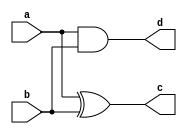
module test(
        input a,
        input b,
        output d,
        output c
);
        assign d = a & b; 
        assign c = a ^ b;
endmodule